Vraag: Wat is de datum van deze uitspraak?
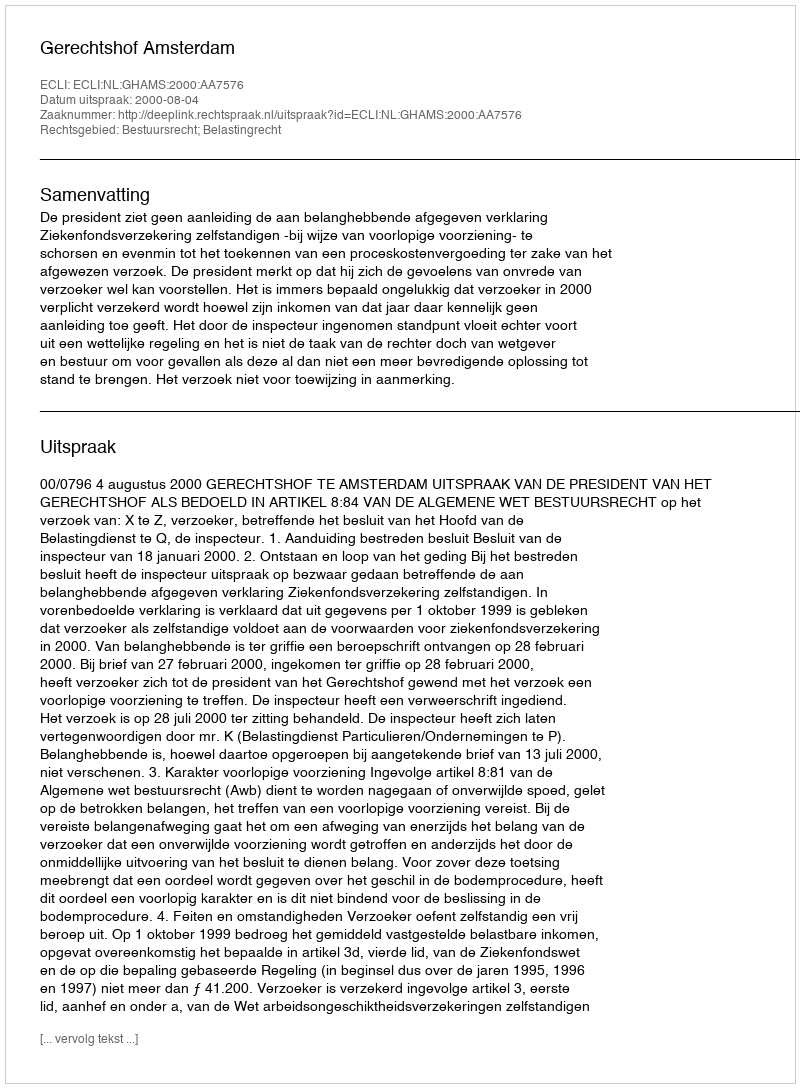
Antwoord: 2000-08-04